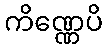
ကိဏ္ဏေပိ